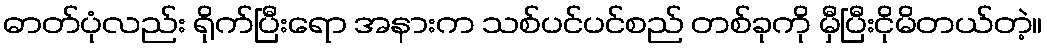
ဓာတ်ပုံလည်း ရိုက်ပြီးရော အနားက သစ်ပင်ပင်စည် တစ်ခုကို မှီပြီးငိုမိတယ်တဲ့။